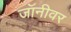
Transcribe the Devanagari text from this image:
जॉनीवर